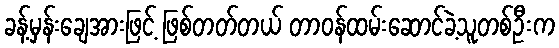
ခန့်မှန်းချေအားဖြင့် ဖြစ်တတ်တယ် တာဝန်ထမ်းဆောင်ခဲ့သူတစ်ဦးက